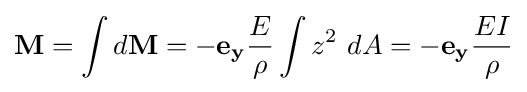
\mathbf {M} =\int d\mathbf {M} =-\mathbf {e_{y}} {\frac {E}{\rho }}\int {z^{2}}\ dA=-\mathbf {e_{y}} {\frac {EI}{\rho }}